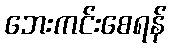
ဘေးကင်းစေရန်